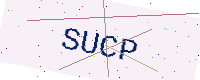
Text: SUCP